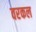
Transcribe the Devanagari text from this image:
वरकल